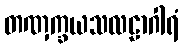
တဏှက္ခယသလဠာဂါရံ